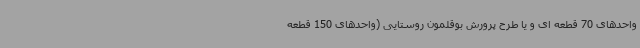
واحدهای 70 قطعه ای و یا طرح پرورش بوقلمون روستایی (واحدهای 150 قطعه